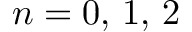
n = 0 , \, 1 , \, 2